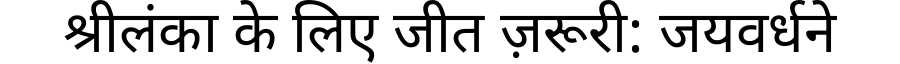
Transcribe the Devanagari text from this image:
श्रीलंका के लिए जीत ज़रूरी: जयवर्धने